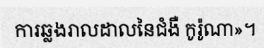
ការឆ្លងរាលដាលនៃជំងឺ កូរ៉ូណា»។